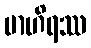
ဗာဟိရဿ